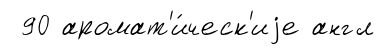
90 аромат'и́ческ'иjе англ